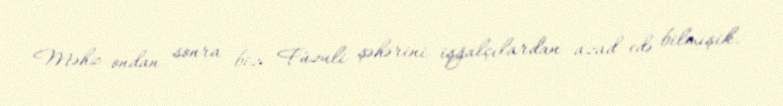
Məhz ondan sonra biz Füzuli şəhərini işğalçılardan azad edə bilmişik.